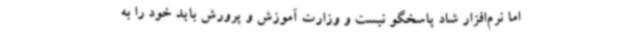
اما نرم‌افزار شاد پاسخگو نیست و وزارت آموزش و پرورش باید خود را به